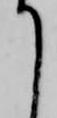
て